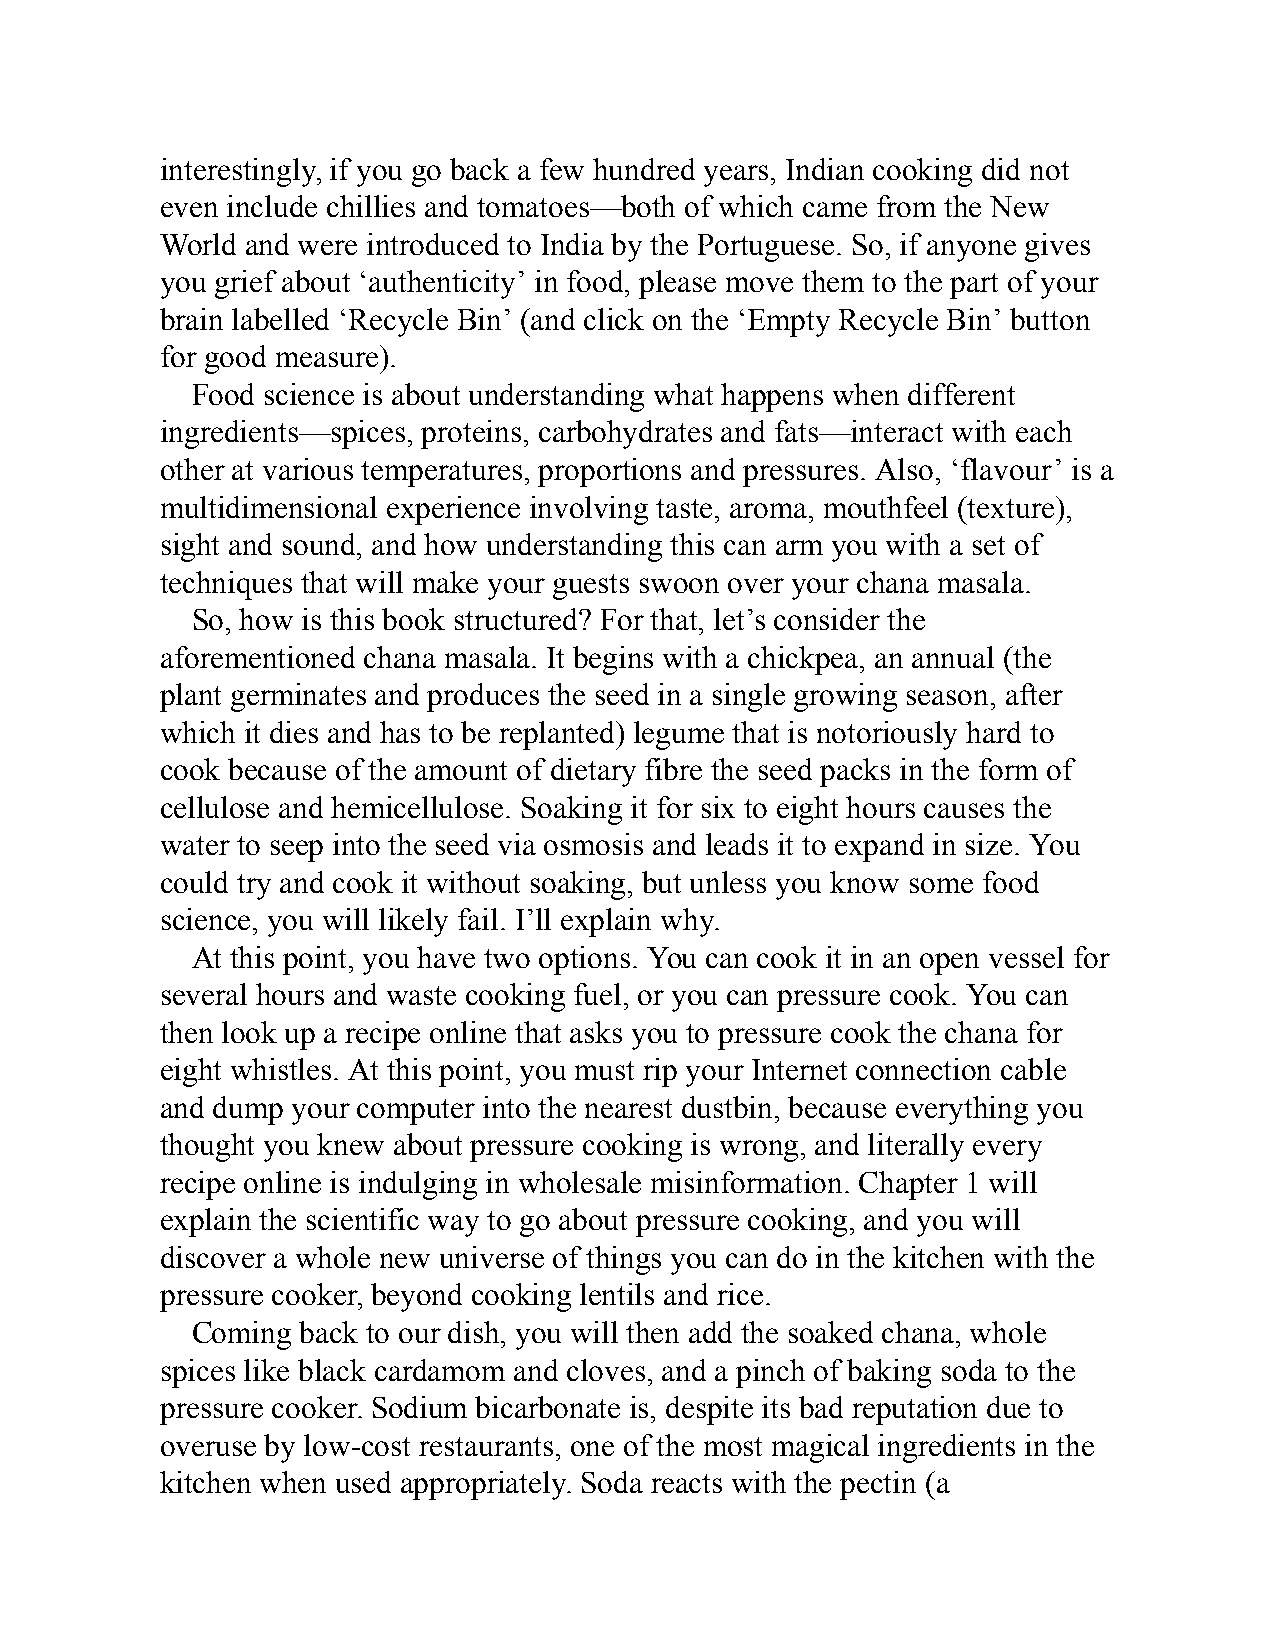
interestingly, if you go back a few hundred years, Indian cooking did not
 even include chillies and tomatoes—both of which came from the New
 World and were introduced to India by the Portuguese. So, if anyone gives
 you grief about ‘authenticity’ in food, please move them to the part of your
 brain labelled ‘Recycle Bin’ (and click on the ‘Empty Recycle Bin’ button
 for good measure).
 Food science is about understanding what happens when different
 ingredients—spices, proteins, carbohydrates and fats—interact with each
 other at various temperatures, proportions and pressures. Also, ‘flavour’ is a
 multidimensional experience involving taste, aroma, mouthfeel (texture),
 sight and sound, and how understanding this can arm you with a set of
 techniques that will make your guests swoon over your chana masala.
 So, how is this book structured? For that, let’s consider the
 aforementioned chana masala. It begins with a chickpea, an annual (the
 plant germinates and produces the seed in a single growing season, after
 which it dies and has to be replanted) legume that is notoriously hard to
 cook because of the amount of dietary fibre the seed packs in the form of
 cellulose and hemicellulose. Soaking it for six to eight hours causes the
 water to seep into the seed via osmosis and leads it to expand in size. You
 could try and cook it without soaking, but unless you know some food
 science, you will likely fail. I’ll explain why.
 At this point, you have two options. You can cook it in an open vessel for
 several hours and waste cooking fuel, or you can pressure cook. You can
 then look up a recipe online that asks you to pressure cook the chana for
 eight whistles. At this point, you must rip your Internet connection cable
 and dump your computer into the nearest dustbin, because everything you
 thought you knew about pressure cooking is wrong, and literally every
 recipe online is indulging in wholesale misinformation. Chapter 1 will
 explain the scientific way to go about pressure cooking, and you will
 discover a whole new universe of things you can do in the kitchen with the
 pressure cooker, beyond cooking lentils and rice.
 Coming back to our dish, you will then add the soaked chana, whole
 spices like black cardamom and cloves, and a pinch of baking soda to the
 pressure cooker. Sodium bicarbonate is, despite its bad reputation due to
 overuse by low-cost restaurants, one of the most magical ingredients in the
 kitchen when used appropriately. Soda reacts with the pectin (a